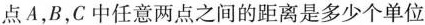
点A，B，C中任意两点之间的距离是多少个单位